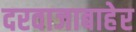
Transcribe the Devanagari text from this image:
दरवाजाबाहेर